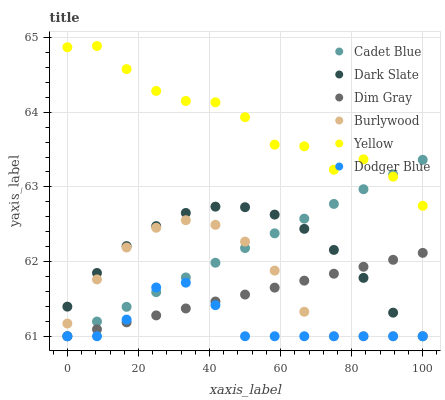
| xaxis_label | Cadet Blue | Dark Slate | Dim Gray | Burlywood | Yellow | Dodger Blue |
 | --- | --- | --- | --- | --- | --- | --- |
 | 0 | 61 | 61.4 | 61 | 61.2 | 64.9 | 61 |
 | 8.33 | 61.2 | 61.8 | 61.1 | 61.8 | 64.9 | 61 |
 | 16.7 | 61.4 | 62.2 | 61.2 | 62.2 | 64.6 | 61.2 |
 | 25 | 61.6 | 62.5 | 61.3 | 62.5 | 64.3 | 61.7 |
 | 33.3 | 61.8 | 62.7 | 61.4 | 62.6 | 64.2 | 61.7 |
 | 41.7 | 62 | 62.7 | 61.5 | 62.5 | 64.1 | 61.4 |
 | 50 | 62.2 | 62.7 | 61.6 | 62.3 | 63.9 | 61 |
 | 58.3 | 62.4 | 62.6 | 61.7 | 61.9 | 63.6 | 61 |
 | 66.7 | 62.6 | 62.4 | 61.7 | 61.3 | 63.5 | 61 |
 | 75 | 62.8 | 62.2 | 61.8 | 61 | 63.2 | 61 |
 | 83.3 | 63 | 61.8 | 61.9 | 61 | 63.4 | 61 |
 | 91.7 | 63.2 | 61.3 | 62 | 61 | 63.1 | 61 |
 | 100 | 63.4 | 61 | 62.1 | 61 | 62.7 | 61 |